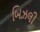
બિઝલી